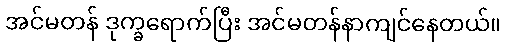
အင်မတန် ဒုက္ခရောက်ပြီး အင်မတန်နာကျင်နေတယ်။